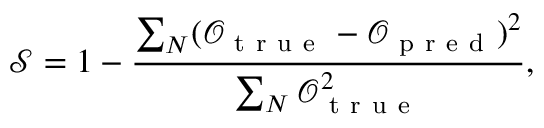
\mathcal { S } = 1 - \frac { \sum _ { N } ( \mathcal { O } _ { \mathrm { ~ t ~ r ~ u ~ e ~ } } - \mathcal { O } _ { \mathrm { ~ p ~ r ~ e ~ d ~ } } ) ^ { 2 } } { \sum _ { N } \mathcal { O } _ { \mathrm { ~ t ~ r ~ u ~ e ~ } } ^ { 2 } } ,